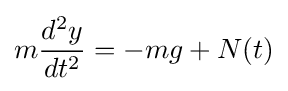
m{\frac {d^{2}y}{dt^{2}}}=-mg+N(t)